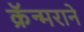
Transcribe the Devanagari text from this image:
क्रॅन्मराने